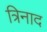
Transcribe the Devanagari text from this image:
त्रिनाद